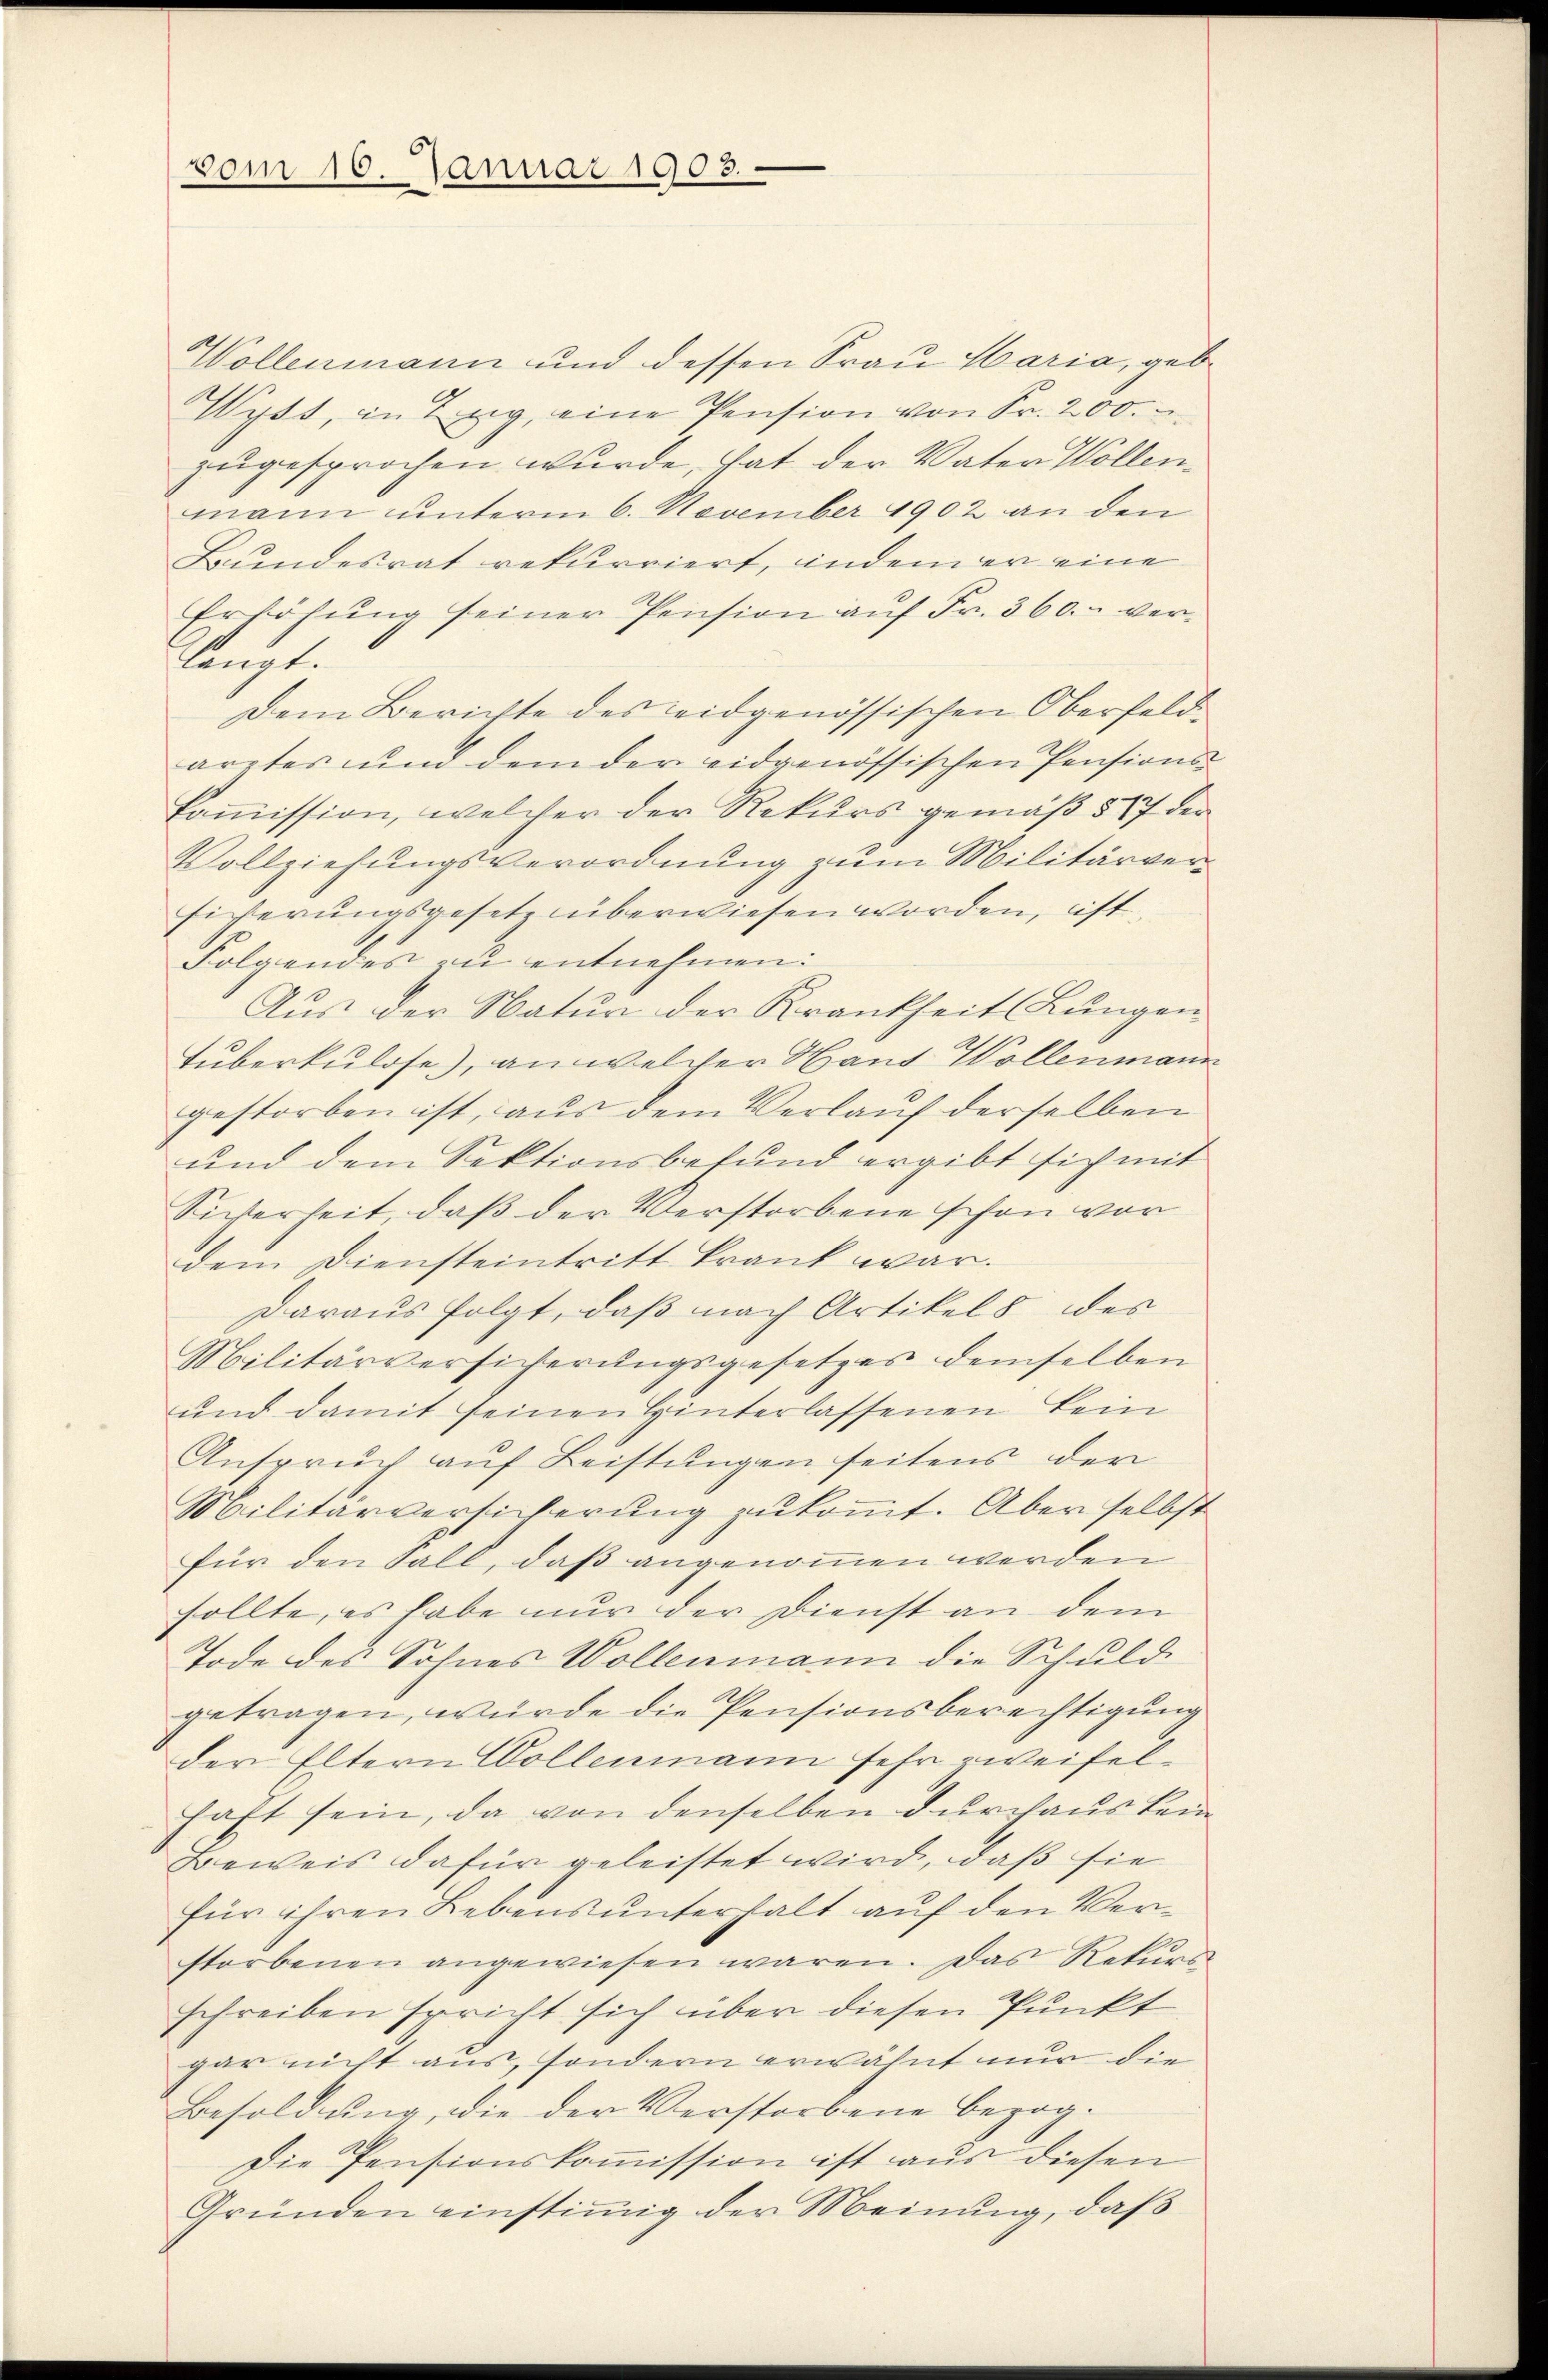
vom 16. Januar 1903.

Wollenmann und dessen Frau Maria, geb
Wyss, in Zug, eine Pension von Fr. 200.
zugesprochen wurde, hat der Vater Wollenmann unterm 6. November 1902 an den
Bundesrat rekurriert, indem er eine
Erhöhung seiner Pension auf Fr. 360. - verlangt.
Dem Berichte des leidgenössischen Oberfeldarztes und dem der eidgenössischen Pensionskommission, welcher der Rekurs gemäß § 17 der
Vollziehungsverordnung zum Militärversicherungsgesetz überwiesen worden, ist
Folgendes zu entnehmen:
Aus der Natur der Krankheit (Lungen
Tuberkulose), an welcher Haut Wollenmann
gestorben ist, aus dem Verlauf derselben
und dem Sektionsbefund ergibt sich mit
Sicherheit, daß der Verstorbene schon vor
dem Diensteintritt krank war.
Daraus folgt, daß nach Artikels des
Militärversicherŭngsgesetzes demselben
und damit seinen Hinterlassenen kein
Anspruch auf Leistungen seitens der
Militärversicherung zukommt. Aber selbst
für den Fall, daß angenommen werden
sollte, es habe nur der Dienst an dem
Tode des Sohnes Wollenmann die Schuld-
getragen, würde die Pensionsberechtigung
der Eltern Wollenmann sehr zweifelhaft sein, da von denselben durchaus kein
Beweis dafür geleistet wird, daß sie
für ihren Lebens unterhalt auf den Verstorbenen angewiesen wären. Das Rekŭra
schreiben Erricht sich über diesen Punkt
gar nicht aus, sondern erwähnt nur die
Besoldung, die der Verstorbene bezog-
Die Pensionskommission ist aus diesen
Gründen einstimmig der Meinung, daß